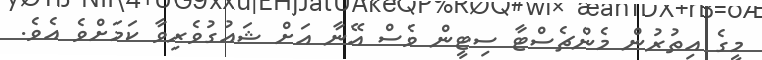
މީގެ އިތުރުން މެންޗެސްޓާ ސިޓީން ވެސް އޭނާ އަށް ޝައުގުވެރިވާ ކަމަށްވެ އެވެ.